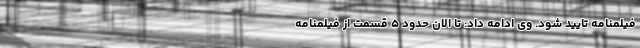
فیلمنامه تایید شود. وی ادامه داد: تا الان حدود ۵ قسمت از فیلمنامه